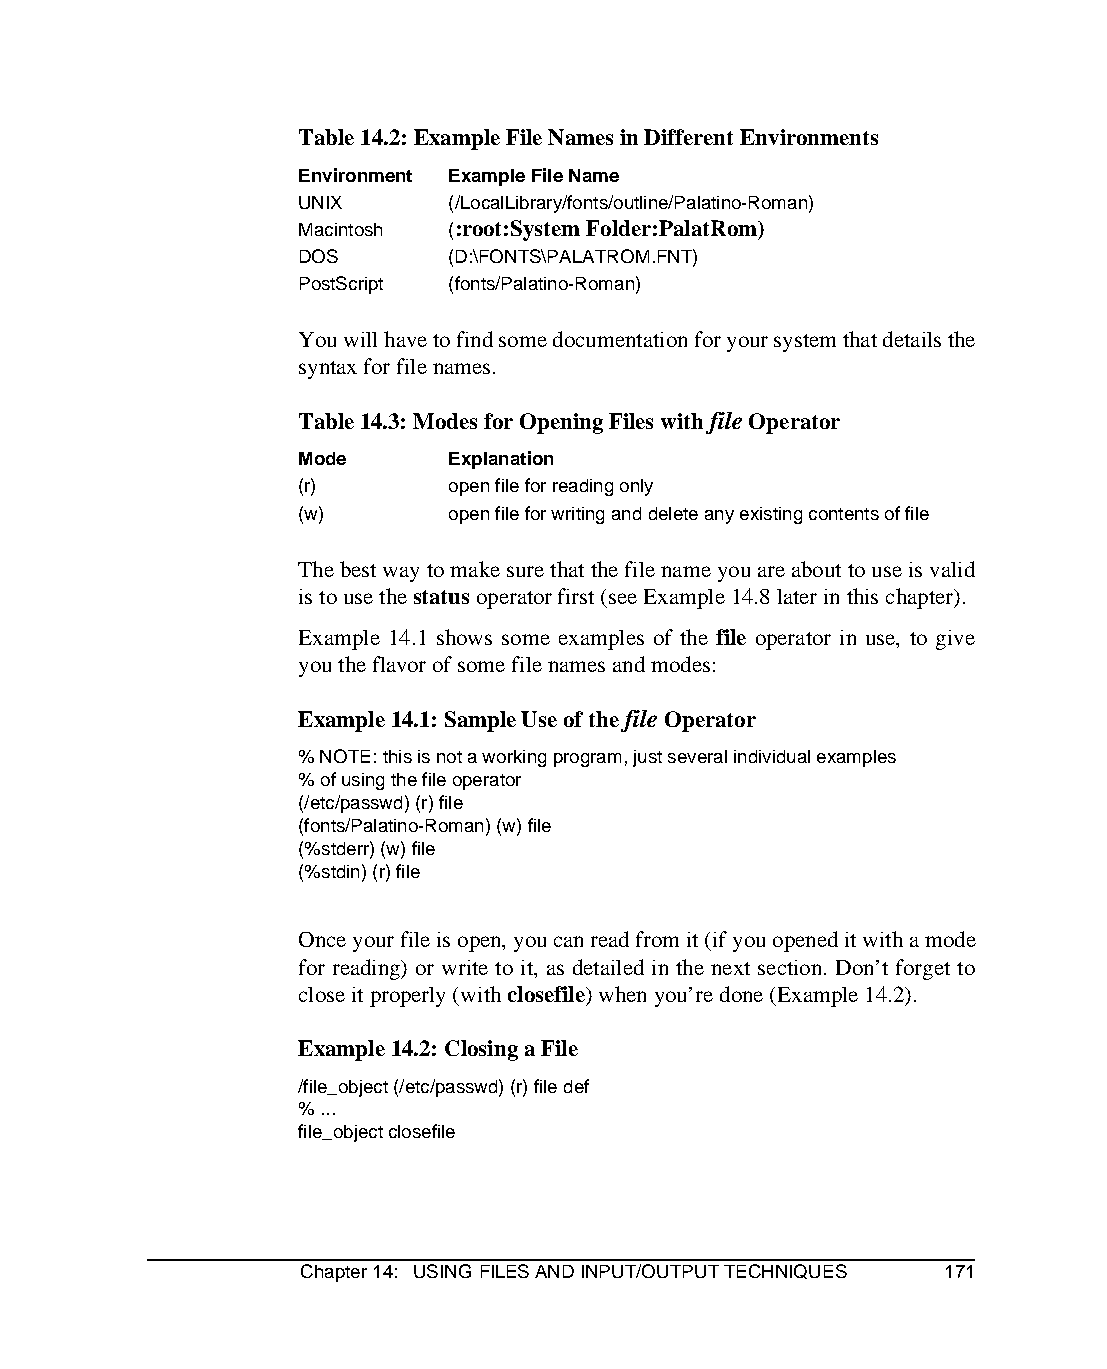
Table 14.2: Example File Names in Different Environments
 Environment Example File Name
 UNIX      (/LocalLibrary/fonts/outline/Palatino-Roman)
 Macintosh (:root:System Folder:PalatRom)
 DOS       (D:\FONTS\PALATROM.FNT)
 PostScript (fonts/Palatino-Roman)
 You will have to find some documentation for your system that details the
 syntax for file names.
 Table 14.3: Modes for Opening Files with file Operator
 Mode      Explanation
 (r)       open file for reading only
 (w)       open file for writing and delete any existing contents of file
 The best way to make sure that the file name you are about to use is valid
 is to use the status operator first (see Example 14.8 later in this chapter).
 Example 14.1 shows some examples of the file operator in use, to give
 you the flavor of some file names and modes:
 Example 14.1: Sample Use of the file Operator
 % NOTE: this is not a working program, just several individual examples
 % of using the file operator
 (/etc/passwd) (r) file
 (fonts/Palatino-Roman) (w) file
 (%stderr) (w) file
 (%stdin) (r) file
 Once your file is open, you can read from it (if you opened it with a mode
 for reading) or write to it, as detailed in the next section. Don’t forget to
 close it properly (with closefile) when you’re done (Example 14.2).
 Example 14.2: Closing a File
 /file_object (/etc/passwd) (r) file def
 % ...
 file_object closefile
 Chapter 14: USING FILES AND INPUT/OUTPUT TECHNIQUES 171